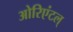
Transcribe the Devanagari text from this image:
ओरिएंटल्